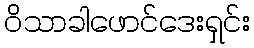
ဝိသာခါဖောင်ဒေးရှင်း